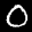
Label: 0